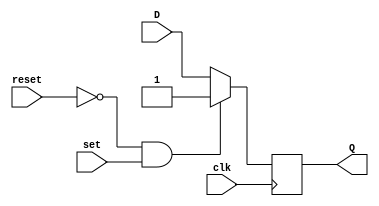
module synchronous_reset_set_DFF (
    input D,
    input clk,
    input reset,
    input set,
    output reg Q
);

always @(posedge clk) begin
    if (!reset && set) begin
        Q <= 1'b1;
    end else begin
        Q <= D;
    end
end

endmodule